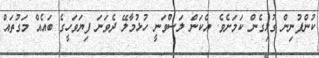
ކުންފުނިން ގުޅިގެން ކަމަށެވެ. އެކަން ލަސްވަނީ ހުޅުމާލޭ ދެވަނަ ފިޔަވަހީގެ ބައެއް މަގުތައް